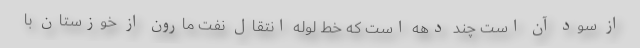
از سود آن است چند دهه است که خط لوله انتقال نفت مارون از خوزستان با